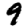
Digit: 9